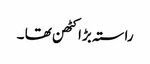
راستہ بڑا کٹھن تھا ۔